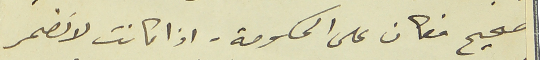
صحيح فكان على الحكومة. اذا كانت لا تضمر